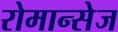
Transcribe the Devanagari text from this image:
रोमान्सेज